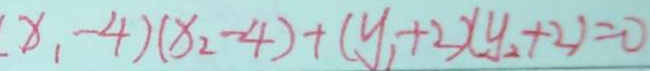
( x _ { 1 } - 4 ) ( x _ { 2 } - 4 ) + ( y _ { 1 } + 2 ) ( y _ { 2 } + 2 ) = 0